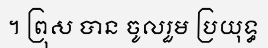
។ ព្រុស បាន ចូលរួម ប្រយុទ្ធ